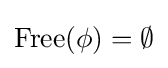
{\mbox{Free}}(\phi )=\emptyset